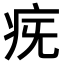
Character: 𤵀